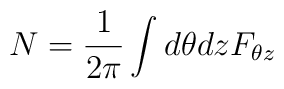
N = \frac{1}{2 \pi} \int d\theta dz F_{\theta z}